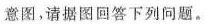
意图，请据图回答下列问题。